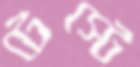
টেস্টে